Report on vaccination in Madras 1922-1929 - 1922-1929
Year: 1922
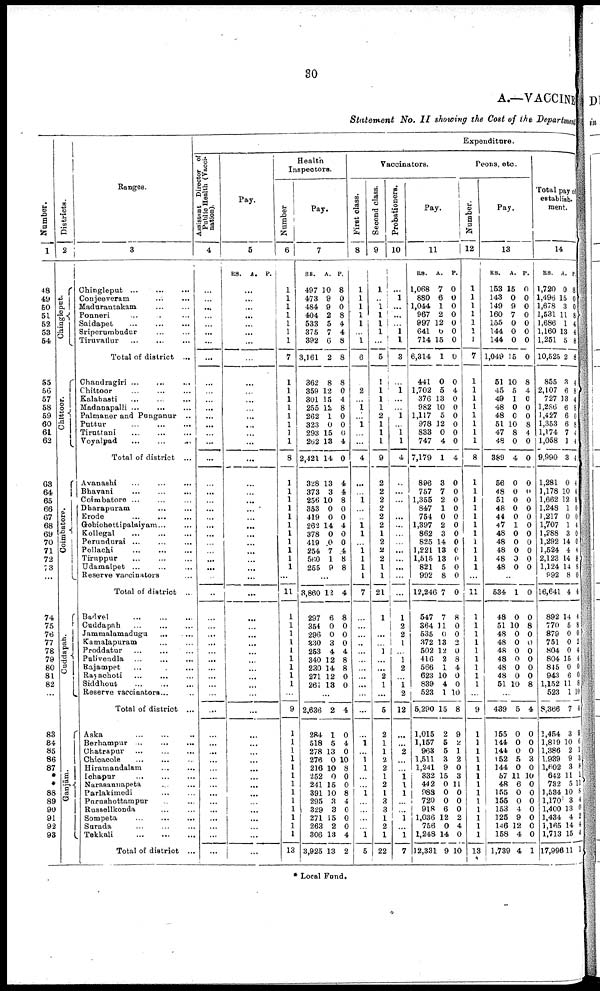
30
A.—VACCINE
Statement No. II showing the Cost of the Department
Number.
1
48
49
50
51
52
53
54
55
56
57
58
59
60
61
62
63
64
65
66
67
68
69
70
71
72
73
74
75
76
77
78
79
80
81
82
...
83
84
85
86
87
*
*
88
89
90
91
92
93
Districts.
2
Chingleput.
Chittoor.
Coimbatore.
Cuddapah.
Ganjām.
Ranges.
3
Chingleput...
...
...
Conjeeveram... ...
Madurantakam.
Ponneri... ...
Saidapet... ...
Sriperumbudur... ...
Tiruvallur...
...
Total of district ...
Chandragiri ...
...
...
Chittoor... ...
Kalabasti... ...
Madanapalli ...
...
Palmaner and Panganur... ..
Puttur...
...
Tiruttani...
...
Voyalpad...
...
Total of district ...
Avanashi... ...
Bhavani...
...
Coimbatore... ...
Dharapuram... ...
Erode...
...
Gobichettipalaiyam... ...
Kollegal... ...
Perundurai... ...
Pollachi...
...
Tiruppur... ...
Udamalpet... ...
Reserve vaccinators... ...
Total of district ...
Badvel...
...
Cuddapah... ...
Jammalamadugu... ...
Kamalapuram... ...
Proddatur... ...
...
Pulivendla... ...
Bajampet... ...
Rayachoti... ...
Siddhout...
...
...
Reserve vaccinators...
Total of district ...
Aska
...
...
..
Berhampur... ...
Chatrapur... ...
Chicacole...
...
Hiramandalam... ...
Ichapur...
...
Narasannapeta... ...
Parlakimedi... ...
Purushottampur... ...
Russellkonda... ...
Sompeta...
...
Sarada... ...
Tekkali...
...
Total of district ...
Expenditure.
Assistant Director of
Public Health (Vacci
nation).
4
...
...
...
...
...
...
...
...
...
...
...
...
...
...
...
...
...
...
...
...
...
...
...
...
...
...
...
...
...
...
...
...
...
...
...
...
...
...
...
...
...
...
...
...
...
...
...
...
...
...
...
...
...
...
...
Pay.
5
RS. A. P.
...
...
...
...
...
...
...
...
...
...
...
...
...
...
...
...
...
...
...
...
...
...
...
...
...
...
...
...
...
...
...
...
...
...
...
...
...
...
...
...
...
...
...
...
...
...
...
...
...
...
...
...
...
...
...
Health
Inspectors.
Number
6
1
1
1
1
1
1
1
7
1
1
1
1
1
1
1
1
8
1
1
1
1
1
1
1
1
1
1
1
...
11
1
1
1
1
1
1
1
1
1
...
9
1
1
1
1
1
1
1
1
1
1
1
1
1
13
Pay.
7
RS.
497
473
484
404
533
375
392
3,161
362
359
301
255
262
323
293
262
2,421
328
373
256
353
419
262
378
419
254
560
255
A.
10
9
9
2
5
7
6
2
8
12
15
12
1
0
15
13
14
13
3
10
0
0
14
0
0
7
1
9
P.
8
0
0
8
4
4
8
8
8
0
4
8
0
0
0
4
0
4
4
8
0
0
4
0
0
4
8
8
...
3,860
297
354
296
330
253
340
230
271
261
12
6
0
0
3
4
12
14
12
13
4
8
0
0
0
4
8
8
0
0
...
2,636
284
518
278
276
216
252
241
391
295
329
271
263
306
3,925
2
1
5
13
0
10
0
15
10
3
3
15
2
13
13
4
0
4
0
10
8
0
0
8
4
0
0
0
4
2
Vaccinators.
First class.
8
1
1
1
1
1
...
1
6
...
2
...
1
...
1
...
...
4
...
...
1
...
...
l
l
...
l
1
l
1
7
...
...
...
...
...
...
...
...
...
...
...
...
1
...
1
1
...
...
1
...
...
...
...
1
5
Second class.
9
1
..
1
1
1
l
...
5
1
1
1
1
2
1
1
1
9
2
2
2
2
2
2
1
2
2
2
1
1
21
1
...
...
...
1
...
...
2
1
...
5
2
1
1
2
2
1
2
1
3
3
1
2
1
22
Probationers.
10
...
1
...
...
...
1
1
3
...
1
...
...
1
...
1
l
4
...
...
...
...
...
...
...
...
...
...
...
...
1
2
2
1
...
1
2
...
1
2
12
...
...
2
...
...
1
1
1
...
...
1
...
1
7
Pay.
11
RS.
1,068
880
1,044
967
997
641
714
6,314
441
1,702
376
982
1,117
978
833
747
7,179
896
757
1,355
847
754
1,397
862
825
1,221
1,515
821
992
12,246
547
364
535
372
502
416
566
623
839
523
5,290
1,015
1,157
963
1,511
1,241
332
442
988
720
918
1,036
756
1,248
12,331
A.
7
6
1
2
12
6
15
1
0
5
13
10
5
12
0
4
1
3
7
2
1
0
2
3
14
13
13
5
8
7
7
11
0
13
12
2
1
10
4
1
15
2
5
5
3
9
15
0
0
0
6
12
0
14
9
P.
0
0
0
0
0
0
0
0
0
4
0
0
0
0
0
0
4
0
0
0
0
0
0
0
0
0
0
0
0
0
8
0
0
2
0
8
4
0
0
10
8
9
2
1
2
0
3
11
0
0
0
2
4
0
10
Peons, etc.
Number.
12
1
1
1
1
1
1
1
7
1
1
1
1
1
1
1
1
8
1
1
1
1
1
1
1
1
1
1
1
...
11
1
1
1
1
1
1
1
1
1
...
9
1
1
1
1
1
1
1
1
1
1
1
1
1
13
Pay.
13
RS.
153
143
149
160
155
144
144
1,049
51
45
49
48
48
51
47
48
389
56
48
51
48
44
47
48
48
48
48
48
A.
15
0
9
7
0
0
0
15
10
5
1
0
0
10
8
0
4
0
0
0
0
0
1
0
0
0
0
0
P.
0
0
0
0
0
0
0
0
8
4
0
0
0
8
4
0
0
0
0
0
0
0
0
0
0
0
0
0
...
534
48
51
48
48
48
48
48
48
51
1
0
10
0
0
0
0
0
0
10
0
0
8
0
0
0
0
0
0
8
...
439
155
144
144
152
144
57
48
155
155
153
125
146
158
1,739
5
0
0
0
5
0
11
6
0
0
4
9
12
4
4
4
0
0
0
3
0
10
0
0
0
0
0
0
0
1
Total pay of
establish-
ment.
14
RS.
1,720
1,496
1,678
1,531
1,686
1,160
1,251
10,525
855
2,107
727
1,286
1,427
1,353
1,174
1,058
9,990
1,281
1,178
1,662
1,248
1,217
1,707
1,288
1,292
1,524
2,123
1,124
992
16,641
892
770
879
751
804
804
845
943
1,152
523
8,366
1,454
1,819
1,386
1,939
1,602
642
732
1,534
1,170
1,400
1,434
1,165
1,713
17,996
A.
0
15
3
11
1
13
5
2
3
6
13
6
6
6
7
1
3
0
10
12
1
0
1
3
14
4
14
14
8
4
14
5
0
0
0
15
0
6
11
1
7
3
10
2
9
3
11
5
10
3
13
4
14
15
11
P.
8
0
0
8
4
4
8
8
4
8
4
8
0
8
4
4
4
4
4
8
0
0
4
0
0
4
8
8
0
4
4
3
0
2
4
4
0
0
8
10
4
9
6
1
3
8
1
11
8
4
0
2
4
4
1
* Local Fund.